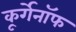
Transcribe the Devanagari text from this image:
कूर्गेनॉफ